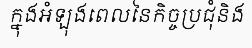
ក្នុងអំឡុងពេលនៃកិច្ចប្រជុំនិង